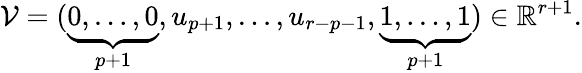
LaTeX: \mathcal{V}=(\underbrace{0,\ldots,0}_{p+1},u_{p+1},\ldots,u_{r-p-1},\underbrace{1,\ldots,1}_{p+1})\in\mathbb{R}^{r+1}.